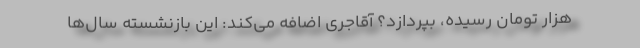
هزار تومان رسیده، بپردازد؟ آقاجری اضافه می‌کند: این بازنشسته سال‌ها